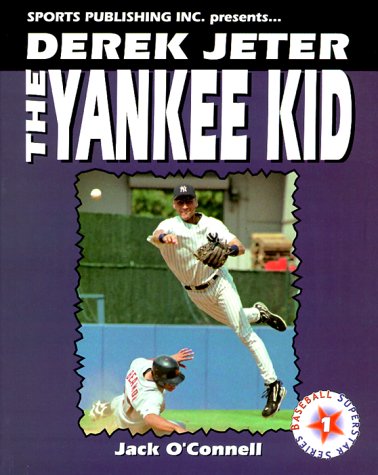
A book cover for Derek Jeter the Yankee Kid (Baseball Superstar); Jack O'Connell; Teen & Young Adult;